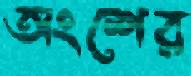
অংশের